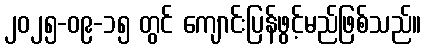
၂၀၂၅-၀၉-၁၅ တွင် ကျောင်းပြန်ဖွင့်မည်ဖြစ်သည်။